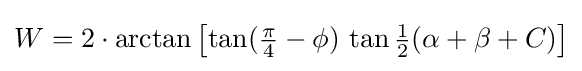
W=2\cdot \arctan \left[\tan({\tfrac {\pi }{4}}-\phi )\,\tan {\tfrac {1}{2}}(\alpha +\beta +C)\right]